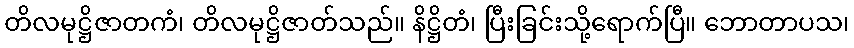
တိလမုဋ္ဌိဇာတကံ၊ တိလမုဋ္ဌိဇာတ်သည်။ နိဋ္ဌိတံ၊ ပြီးခြင်းသို့ရောက်ပြီ။ ဘောတာပသ၊